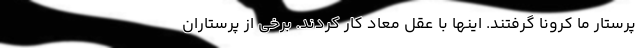
پرستار ما کرونا گرفتند. اینها با عقل معاد کار کردند. برخی از پرستاران